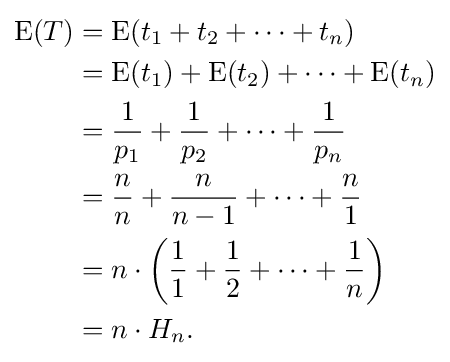
{\begin{aligned}\operatorname {E} (T)&{}=\operatorname {E} (t_{1}+t_{2}+\cdots +t_{n})\\&{}=\operatorname {E} (t_{1})+\operatorname {E} (t_{2})+\cdots +\operatorname {E} (t_{n})\\&{}={\frac {1}{p_{1}}}+{\frac {1}{p_{2}}}+\cdots +{\frac {1}{p_{n}}}\\&{}={\frac {n}{n}}+{\frac {n}{n-1}}+\cdots +{\frac {n}{1}}\\&{}=n\cdot \left({\frac {1}{1}}+{\frac {1}{2}}+\cdots +{\frac {1}{n}}\right)\\&{}=n\cdot H_{n}.\end{aligned}}